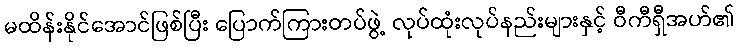
မထိန်းနိုင်အောင်ဖြစ်ပြီး ပြောက်ကြားတပ်ဖွဲ့ လုပ်ထုံးလုပ်နည်းများနှင့် ဝီကီရှီအဟ်၏